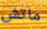
ماتش